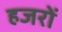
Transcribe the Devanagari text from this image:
हजरों